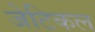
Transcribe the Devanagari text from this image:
जेटिकल